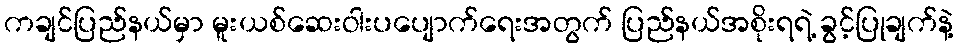
ကချင်ပြည်နယ်မှာ မူးယစ်ဆေးဝါးပပျောက်ရေးအတွက် ပြည်နယ်အစိုးရရဲ့ ခွင့်ပြုချက်နဲ့